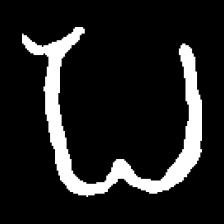
Pyu character \u2014 Myanmar letter: ပ (romanized: pa)